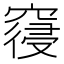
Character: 𮄎